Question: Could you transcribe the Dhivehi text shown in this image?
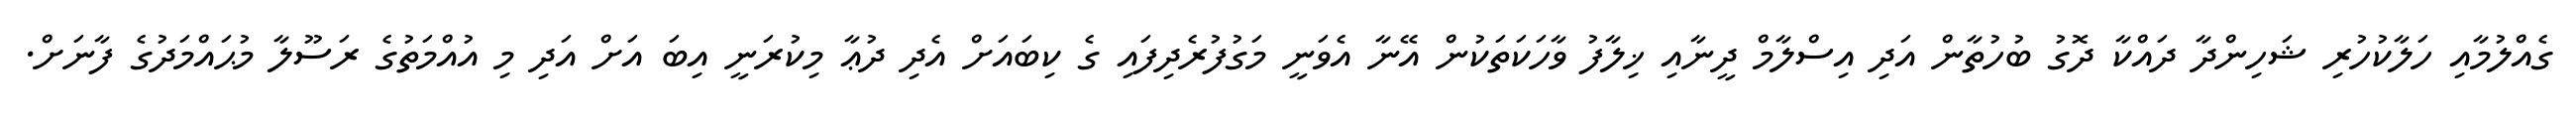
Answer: ގެއްލުމާއި ހަލާކުހުރި ޝަހިންދާ ދައްކާ ދޮގު ބުހުތާން އަދި އިސްލާމް ދީނާއި ޚިލާފު ވާހަކަތަކުން އޭނާ އެވަނީ މަގުފުރެދިފައި ގެ ކިބައަށް އެދި ދުޢާ މިކުރަނީ އިބަ އަށް އަދި މި އުއްމަތުގެ ރަސޫލާ މުޙައްމަދުގެ ފާނަށް.